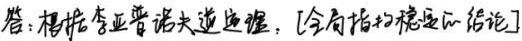
答：根据李亚普诺夫逆定理，[全局指数稳定的结论]